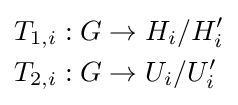
{\begin{aligned}T_{1,i}:G&\to H_{i}/H_{i}'\\T_{2,i}:G&\to U_{i}/U_{i}'\end{aligned}}